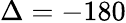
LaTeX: \Delta=-180